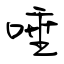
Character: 唾